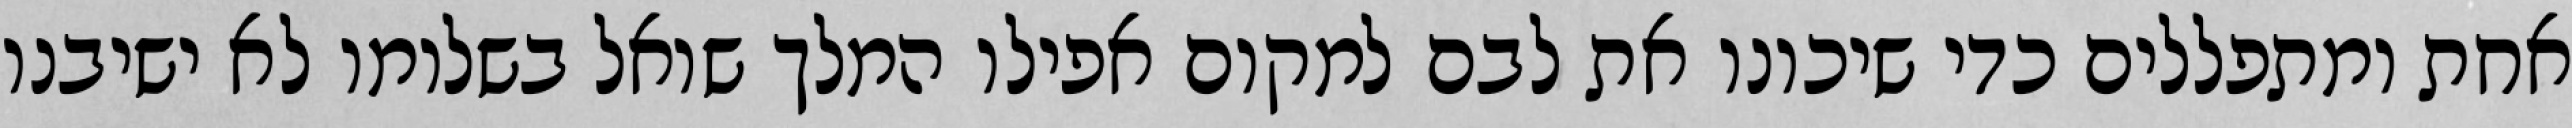
אחת ומתפללים כדי שיכונו את לבם למקום אפילו המלך שואל בשלומו לא ישיבנו